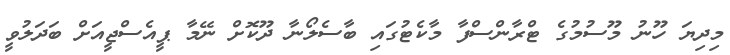
މިދިޔަ ހޫނު މޫސުމުގެ ޓްރާންސްފާ މާކެޓުގައި ބާސެލޯނާ ދޫކޮށް ނޭމާ ޕީއެސްޖީއަށް ބަދަލުވީ